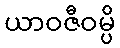
ယာဝဇီဝမ္ပိ